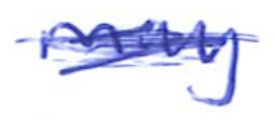
Text: may
Cross-out: scratch
Writing tool: ballpoint